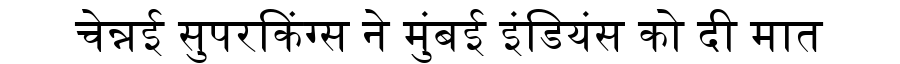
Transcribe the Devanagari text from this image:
चेन्नई सुपरकिंग्स ने मुंबई इंडियंस को दी मात